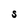
Character: S